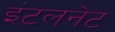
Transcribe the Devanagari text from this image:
इंटलनेट